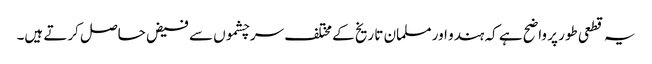
یہ قطعی طور پر واضح ہے کہ ہندو اور مسلمان تا ریخ کے مختلف سر چشموں سے فیض حاصل کرتے ہیں۔